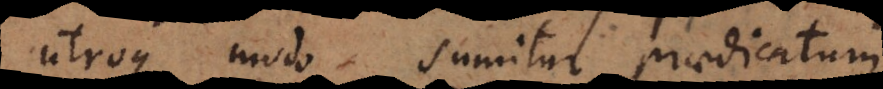
utroque modo sumitur praedicatum